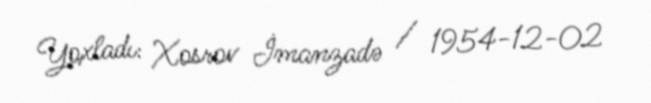
Yoxladı: Xosrov İmanzadə / 1954-12-02